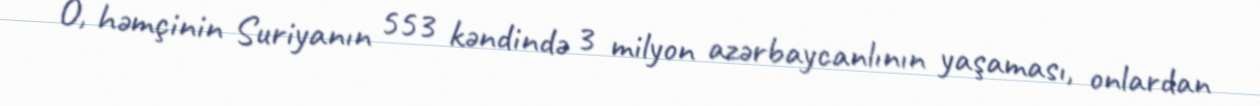
O, həmçinin Suriyanın 553 kəndində 3 milyon azərbaycanlının yaşaması, onlardan